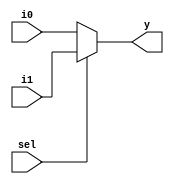
`timescale 1ns / 1ps
//////////////////////////////////////////////////////////////////////////////////
// Company: 
// Engineer: 
// 
// Design Name: 
// Module Name: MUX2x1
// Project Name: 
// Target Devices: 
// Tool Versions: 
// Description: 
// 
// Dependencies: 
// 
// Revision:
// Revision 0.01 - File Created
// Additional Comments:
// 
//////////////////////////////////////////////////////////////////////////////////


module MUX2x1(input i0,i1,sel, output  y  );
assign y=sel ? i1:i0;
endmodule